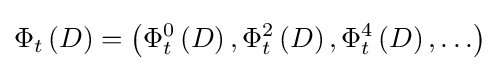
\Phi _{t}\left(D\right)=\left(\Phi _{t}^{0}\left(D\right),\Phi _{t}^{2}\left(D\right),\Phi _{t}^{4}\left(D\right),\ldots \right)